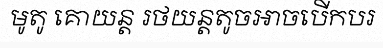
មូតូ គោយន្ត រថយន្តតូចអាចបើកបរ